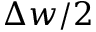
\Delta w / 2